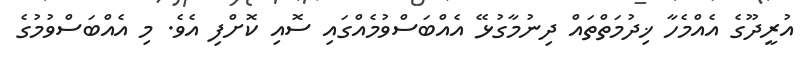
އުރީދޫގެ އެއްމެހާ ޚިދުމަތްތައް ދިނުމާގުޅޭ އެއްބަސްވުމެއްގައި ސޮއި ކޮށްފި އެވެ. މި އެއްބަސްވުމުގެ